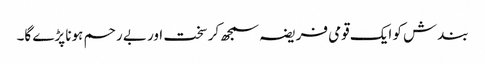
بندش کو ایک قومی فریضہ سمجھ کر سخت اور بے رحم ہونا پڑے گا۔